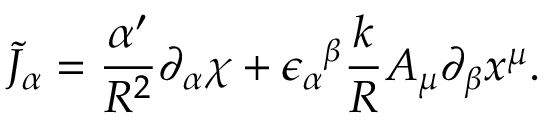
\tilde { J } _ { \alpha } = \frac { \alpha ^ { \prime } } { R ^ { 2 } } \partial _ { \alpha } \chi + { \epsilon _ { \alpha } } ^ { \beta } \frac { k } { R } A _ { \mu } \partial _ { \beta } x ^ { \mu } .